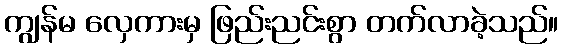
ကျွန်မ လှေကားမှ ဖြည်းညင်းစွာ တက်လာခဲ့သည်။